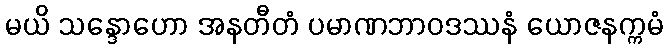
မယိ သန္ဒောဟော အနတီတံ ပမာဏဘာဝဒဿနံ ယောဇနက္ကမံ